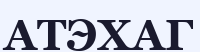
АТЭХАГ